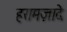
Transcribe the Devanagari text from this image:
हरामज़ादे